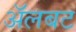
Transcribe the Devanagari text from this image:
अॅलबट